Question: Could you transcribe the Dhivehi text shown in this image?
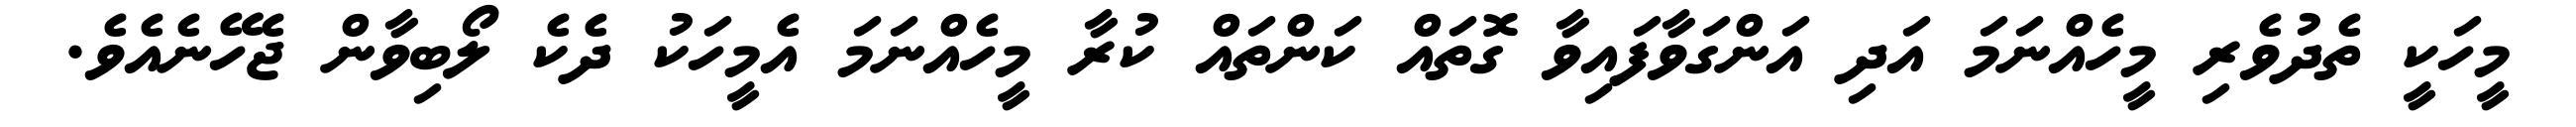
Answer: މީހަކީ ތެދުވެރި މީހެއްނަމަ އަދި އަންގަވާފައިވާ ގޮތައް ކަންތައް ކުރާ މީހެއްނަމަ އެމީހަކު ދެކެ ލޯބިވާން ޖެހޭނެއެވެ.